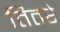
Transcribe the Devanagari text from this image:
तितरे